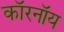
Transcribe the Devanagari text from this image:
कॉरनॉय